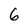
Character: 6